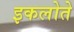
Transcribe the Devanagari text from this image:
इकलोते